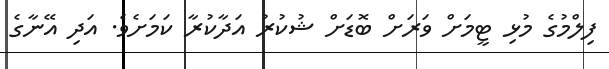
ފިލްމުގެ މުޅި ޓީމަށް ވަރަށް ބޮޑަށް ޝުކުރު އަދާކުރާ ކަމަށެވެ. އަދި އޭނާގެ